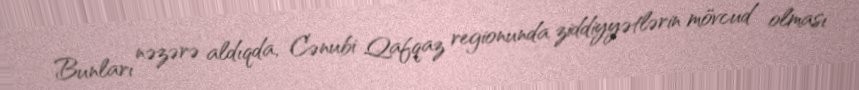
Bunları nəzərə aldıqda, Cənubi Qafqaz regionunda ziddiyyətlərin mövcud olması